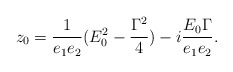
\begin{align*}z_0 = \frac{1}{e_1e_2} (E_0^2 - \frac{{\Gamma}^2}{4}) -i \frac{E_0 {\Gamma}}{e_1e_2}.\end{align*}